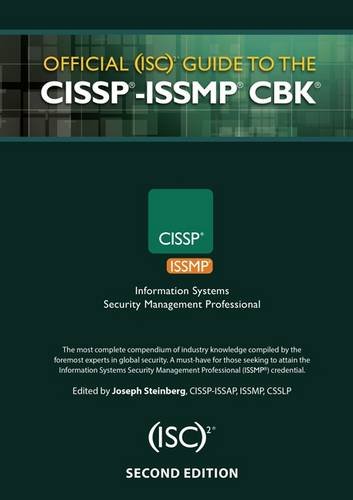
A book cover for Official (ISC)2Â® Guide to the CISSPÂ®-ISSMPÂ® CBKÂ®, Second Edition ((ISC)2 Press); ISC)Â² Corporate; Computers & Technology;